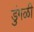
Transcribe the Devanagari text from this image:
डुंगळी